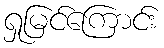
ရှုမြင်ကြောင်း